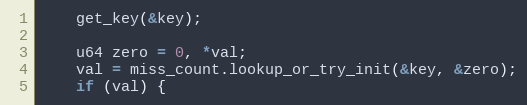
Language: C++
    get_key(&key);

    u64 zero = 0, *val;
    val = miss_count.lookup_or_try_init(&key, &zero);
    if (val) {